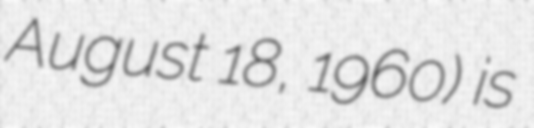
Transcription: August 18, 1960) is